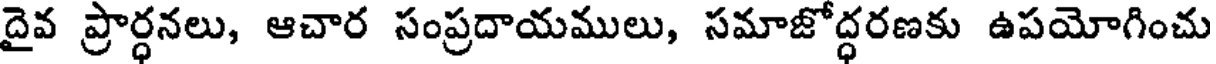
దైవ ప్రార్ధనలు, ఆచార సంప్రదాయములు, సమాజోద్ధరణకు ఉపయోగించు